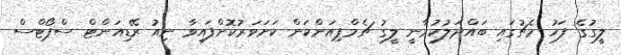
ލީގުގެ ފަހު މެޗުގައި ބައްދަލުކުރާނީ ލީގު ޗެމްޕިއަންކަން ކަށަވަރުކޮށްފައިވާ ނިއު ރޭޑިއަންޓް ސްޕޯޓްސް